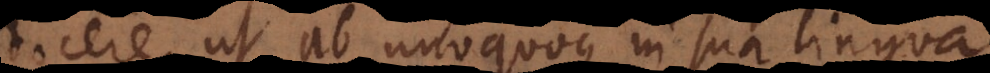
docere, ut ab unoquoque in sua lingua